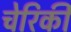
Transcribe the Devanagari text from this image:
चेरिकी